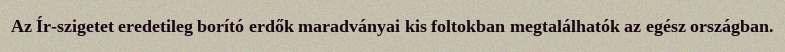
Az Ír-szigetet eredetileg borító erdők maradványai kis foltokban megtalálhatók az egész országban.